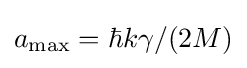
a_{\text{max}}=\hbar k\gamma /(2M)